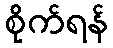
စိုက်ရန်